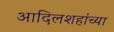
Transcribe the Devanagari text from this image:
आदिलशहांच्या